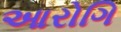
આરોગિ